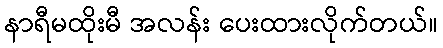
နာရီမထိုးမီ အလန်း ပေးထားလိုက်တယ်။